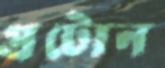
প্রটোন